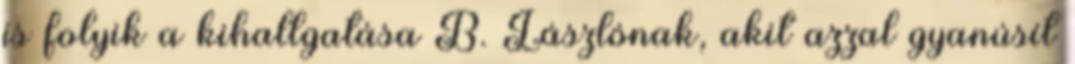
is folyik a kihallgatása B. Lászlónak, akit azzal gyanúsít